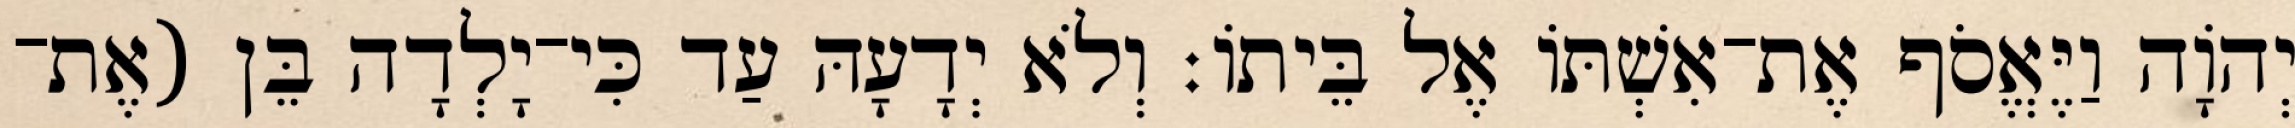
יְהוָֹה וַיֶּאֱסֹף אֶת־אִשְׁתּוֹ אֶל בֵּיתוֹ׃ וְלֹא יְדָעָהּ עַד כִּי־יָלְדָה בֵּן (אֶת־